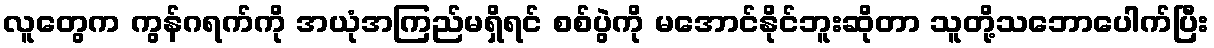
လူတွေက ကွန်ဂရက်ကို အယုံအကြည်မရှိရင် စစ်ပွဲကို မအောင်နိုင်ဘူးဆိုတာ သူတို့သဘောပေါက်ပြီး